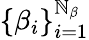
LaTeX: \{ \beta_{i}\} _{i=1}^{\mathbb{N}_{\beta}}